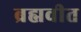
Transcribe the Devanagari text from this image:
ब्रह्मवीत